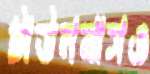
টাউনবাসও